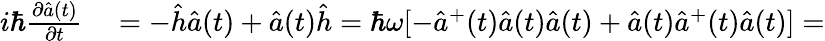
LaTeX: \begin{array}{rl}{i\hbar\frac{\partial\hat{a}(t)}{\partial t}}&{{}=-\hat{h}\hat{a}(t)+\hat{a}(t)\hat{h}=\hbar\omega[-\hat{a}^{+}(t)\hat{a}(t)\hat{a}(t)+\hat{a}(t)\hat{a}^{+}(t)\hat{a}(t)]=}\end{array}